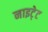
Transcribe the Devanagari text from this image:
नाइटे्ट